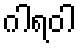
ဂါရဝါ